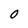
Character: O